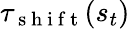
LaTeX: \tau_{\mathrm{~s~h~i~f~t~}}(s_{t})